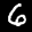
Label: 6